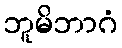
ဘူမိဘာဂံ